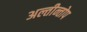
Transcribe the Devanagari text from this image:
अल्तीन्तोप